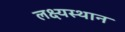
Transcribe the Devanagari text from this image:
लक्ष्यस्थान